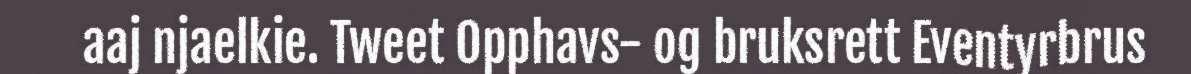
aaj njaelkie. Tweet Opphavs- og bruksrett Eventyrbrus